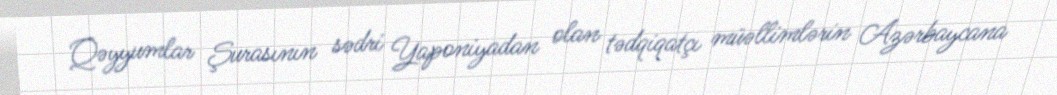
Qəyyumlar Şurasının sədri Yaponiyadan olan tədqiqatçı müəllimlərin Azərbaycana